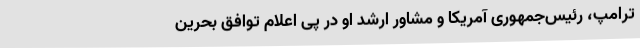
ترامپ، رئیس‌جمهوری آمریکا و مشاور ارشد او در پی اعلام توافق بحرین